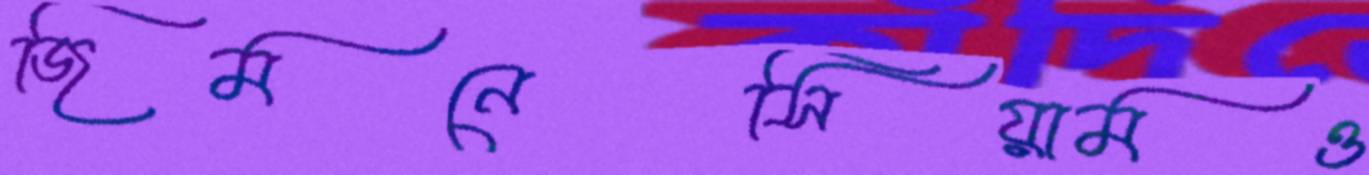
জিমনেসিয়ামও